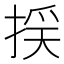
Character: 𢯉